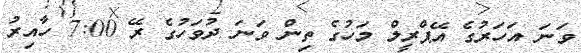
ވަަނަ އަހަރުގެ އޭޕްރީލް މަހުގެ ތިން ވަނަ ދުވަހުގެ ރޭ 7:00 ހާއިރު